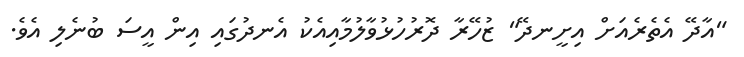
"އާދޭ އެތެރެއަށް އިށީނދޭ" ޒުހޭރާ ދޮރުހުޅުވާލުމާއިއެކު އެނދުގައި އިން އީސަ ބުނެލި އެވެ.